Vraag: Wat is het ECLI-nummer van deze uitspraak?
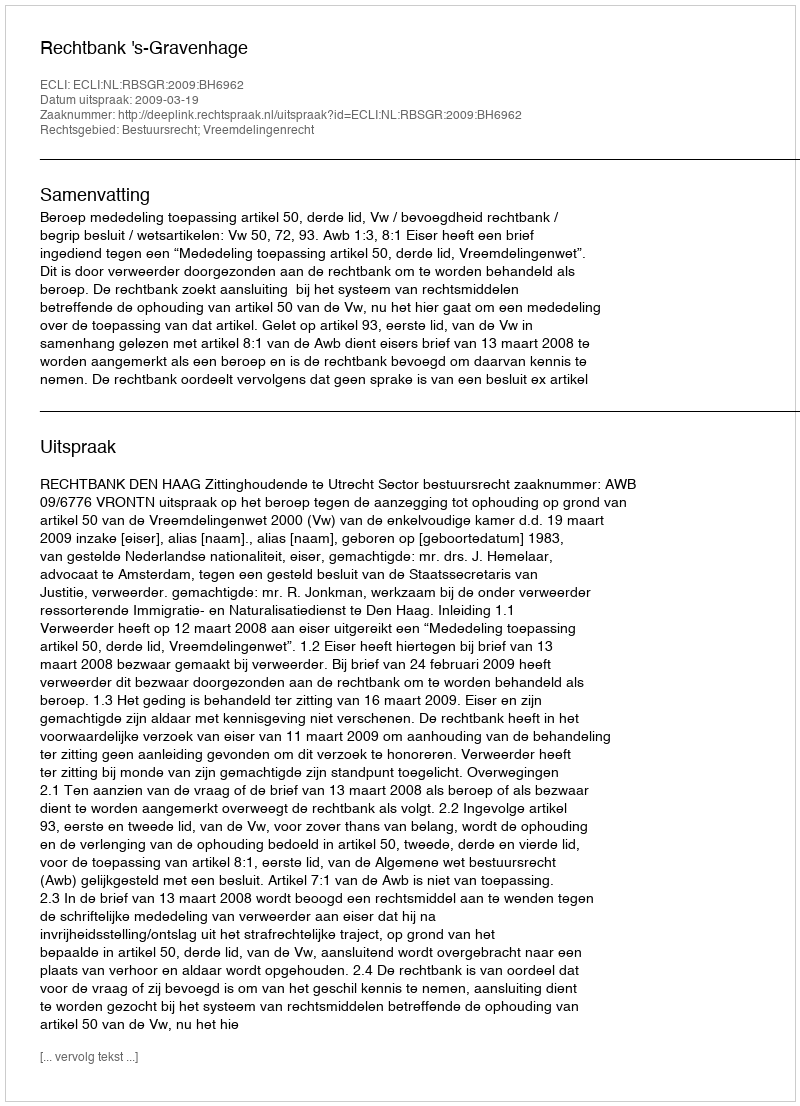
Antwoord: ECLI:NL:RBSGR:2009:BH6962